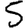
Digit: 5